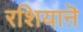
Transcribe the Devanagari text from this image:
रशियाऩॆ